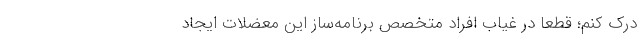
درک کنم؛ قطعاً در غیابِ افراد متخصصِ برنامه‌ساز این معضلات ایجاد